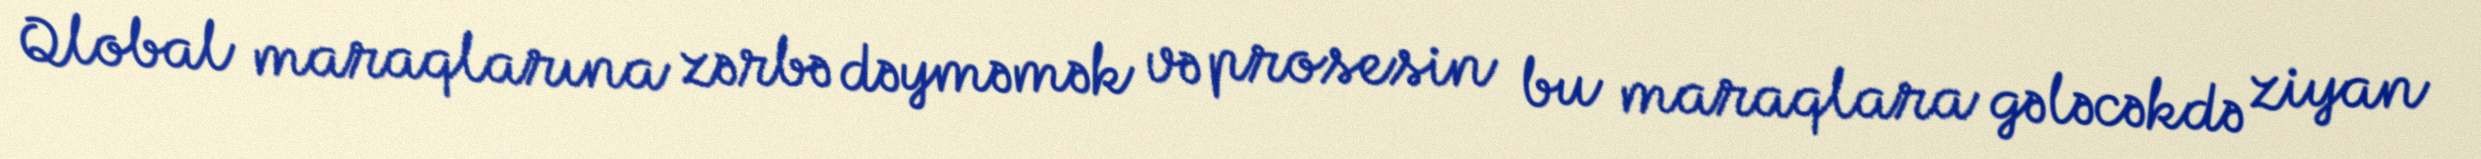
Qlobal maraqlarına zərbə dəyməmək və prosesin bu maraqlara gələcəkdə ziyan